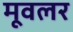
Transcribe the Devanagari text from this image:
मूवलर